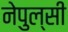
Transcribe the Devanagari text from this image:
नेपुल्सी